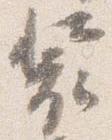
装